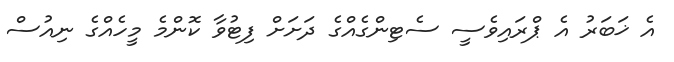
އެ ޚަބަރު އެ ޕްރައިވެސީ ސެޓިންގެއްގެ ދަށަށް ފިޓުވާ ކޮންމެ މީހެއްގެ ނިއުސް